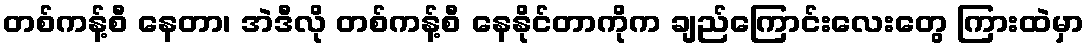
တစ်ကန့်စီ နေတာ၊ အဲဒီလို တစ်ကန့်စီ နေနိုင်တာကိုက ချည်ကြောင်းလေးတွေ ကြားထဲမှာ